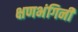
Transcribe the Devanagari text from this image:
क्षणभंगिनी